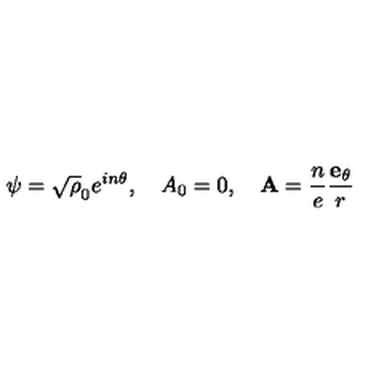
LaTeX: \psi = \sqrt \rho _ { 0 } e ^ { i n \theta } , \quad A _ { 0 } = 0 , \quad { \bf A } = \frac { n } { e } \frac { { \bf e } _ { \theta } } { r }